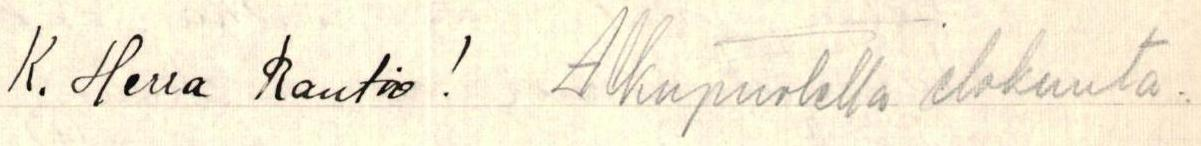
K. Herra Rautio! Alkupuolella elokuuta.